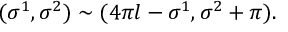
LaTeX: ( \sigma ^ { 1 } , \sigma ^ { 2 } ) \sim ( 4 \pi l - \sigma ^ { 1 } , \sigma ^ { 2 } + \pi ) .